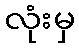
လုံးမှ